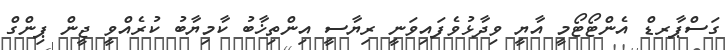
ގަސްޕާރޑް އެންޓޯޓޯމީ އާޔީ ވިދާޅުވެފައިވަނީ ރިޔާސީ އިންތިޚާބު ކާމިޔާބު ކުރެއްވީ ޖީން ޕިންގް